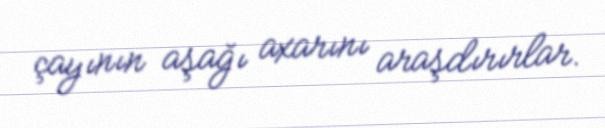
çayının aşağı axarını araşdırırlar.